Report on inoculation in the plague infected areas of the Punjab and its dependencies from October 1900 to September 1901
Year: 1900
Disease focus: Plague
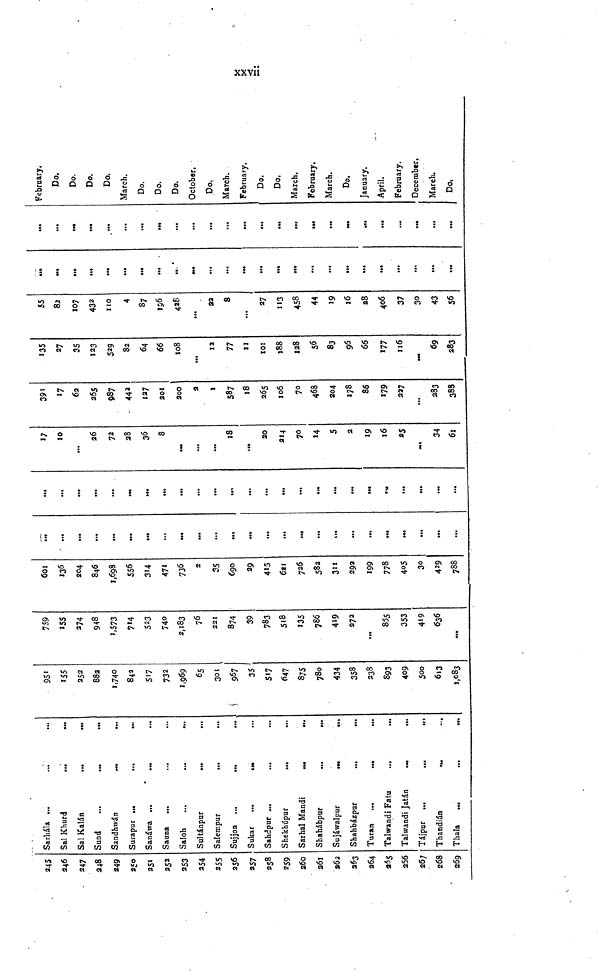
xxvii
245
246
247
248
249
250
251
252
253
254
255
256
257
258
259
260
261
262
263
264
265
266
267
268
269
Sarhála ...
Sal Khurd
Sal Kalán
Sund
...
...
...
Sandhwán
Surapur ...
...
...
Sanáwa
Sauna ...
...
Saloh
Sultánpur
...
Salempur
...
...
Sujjon
Sukar
Sahdpur ...
Shekhúpur
Sarhal Mandi
Shahábpur
Sujáwalpur
Shahbázpar
Turan ...
„,
,„
Talwandi Fatu
...
...
Talwandi Jatán
...
Tájpur
Thandián
Thala
...
951
155
252
882
1,740
842
517
732
1,969
65
301
967
35
517
647
875
780
434
358
238
893
409
500
613
1,083
759
155
274
948
1,573
714
523
740
2,183
76
221
874
39
783
518
135
786
419
272
...
855
353
419
636
601
136
204
846
1,698
556
314
471
736
2
35
690
29
415
621
726
582
311
292
199
778
405
30
429
788
..
...
...
...
...
...
...
...
...
...
...
...
...
...
...
...
...
...
...
...
...
...
...
...
...
...
...
...
...
...
...
...
...
...
...
...
...
...
...
...
...
17
10
...
26
72
28
36
8
...
...
18
...
20
214
70
14
5
2
19
16
25
34
61
391
17
62
265
987
442
127
201
200
2
1
587
18
265
106
70
468
204
178
86
179
227
...
283
388
135
27
35
123
529
82
64
66
108
...
12
77
11
101
188
I28
56
83
96
66
177
116
69
283
55
82
107
432
110
4
87
196
428
...
22
8
...
27
113
458
44
19
16
28
406
37
30
43
56
...
...
...
...
...
...
...
...
...
...
...
...
...
...
...
...
...
...
...
...
...
...
...
...
...
...
...
...
...
...
...
...
...
...
...
...
...
...
...
February.
Do.
Do.
Do.
Do.
March.
Do.
Do.
Do.
October.
Do.
March.
February.
Do.
Do.
March.
February.
March.
Do.
January.
April.
February.
December,
March.
Do.